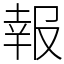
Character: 報